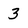
Character: 3